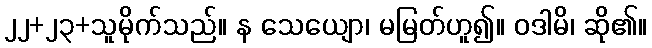
၂၂+၂၃+သူမိုက်သည်။ န သေယျော၊ မမြတ်ဟူ၍။ ဝဒါမိ၊ ဆို၏။